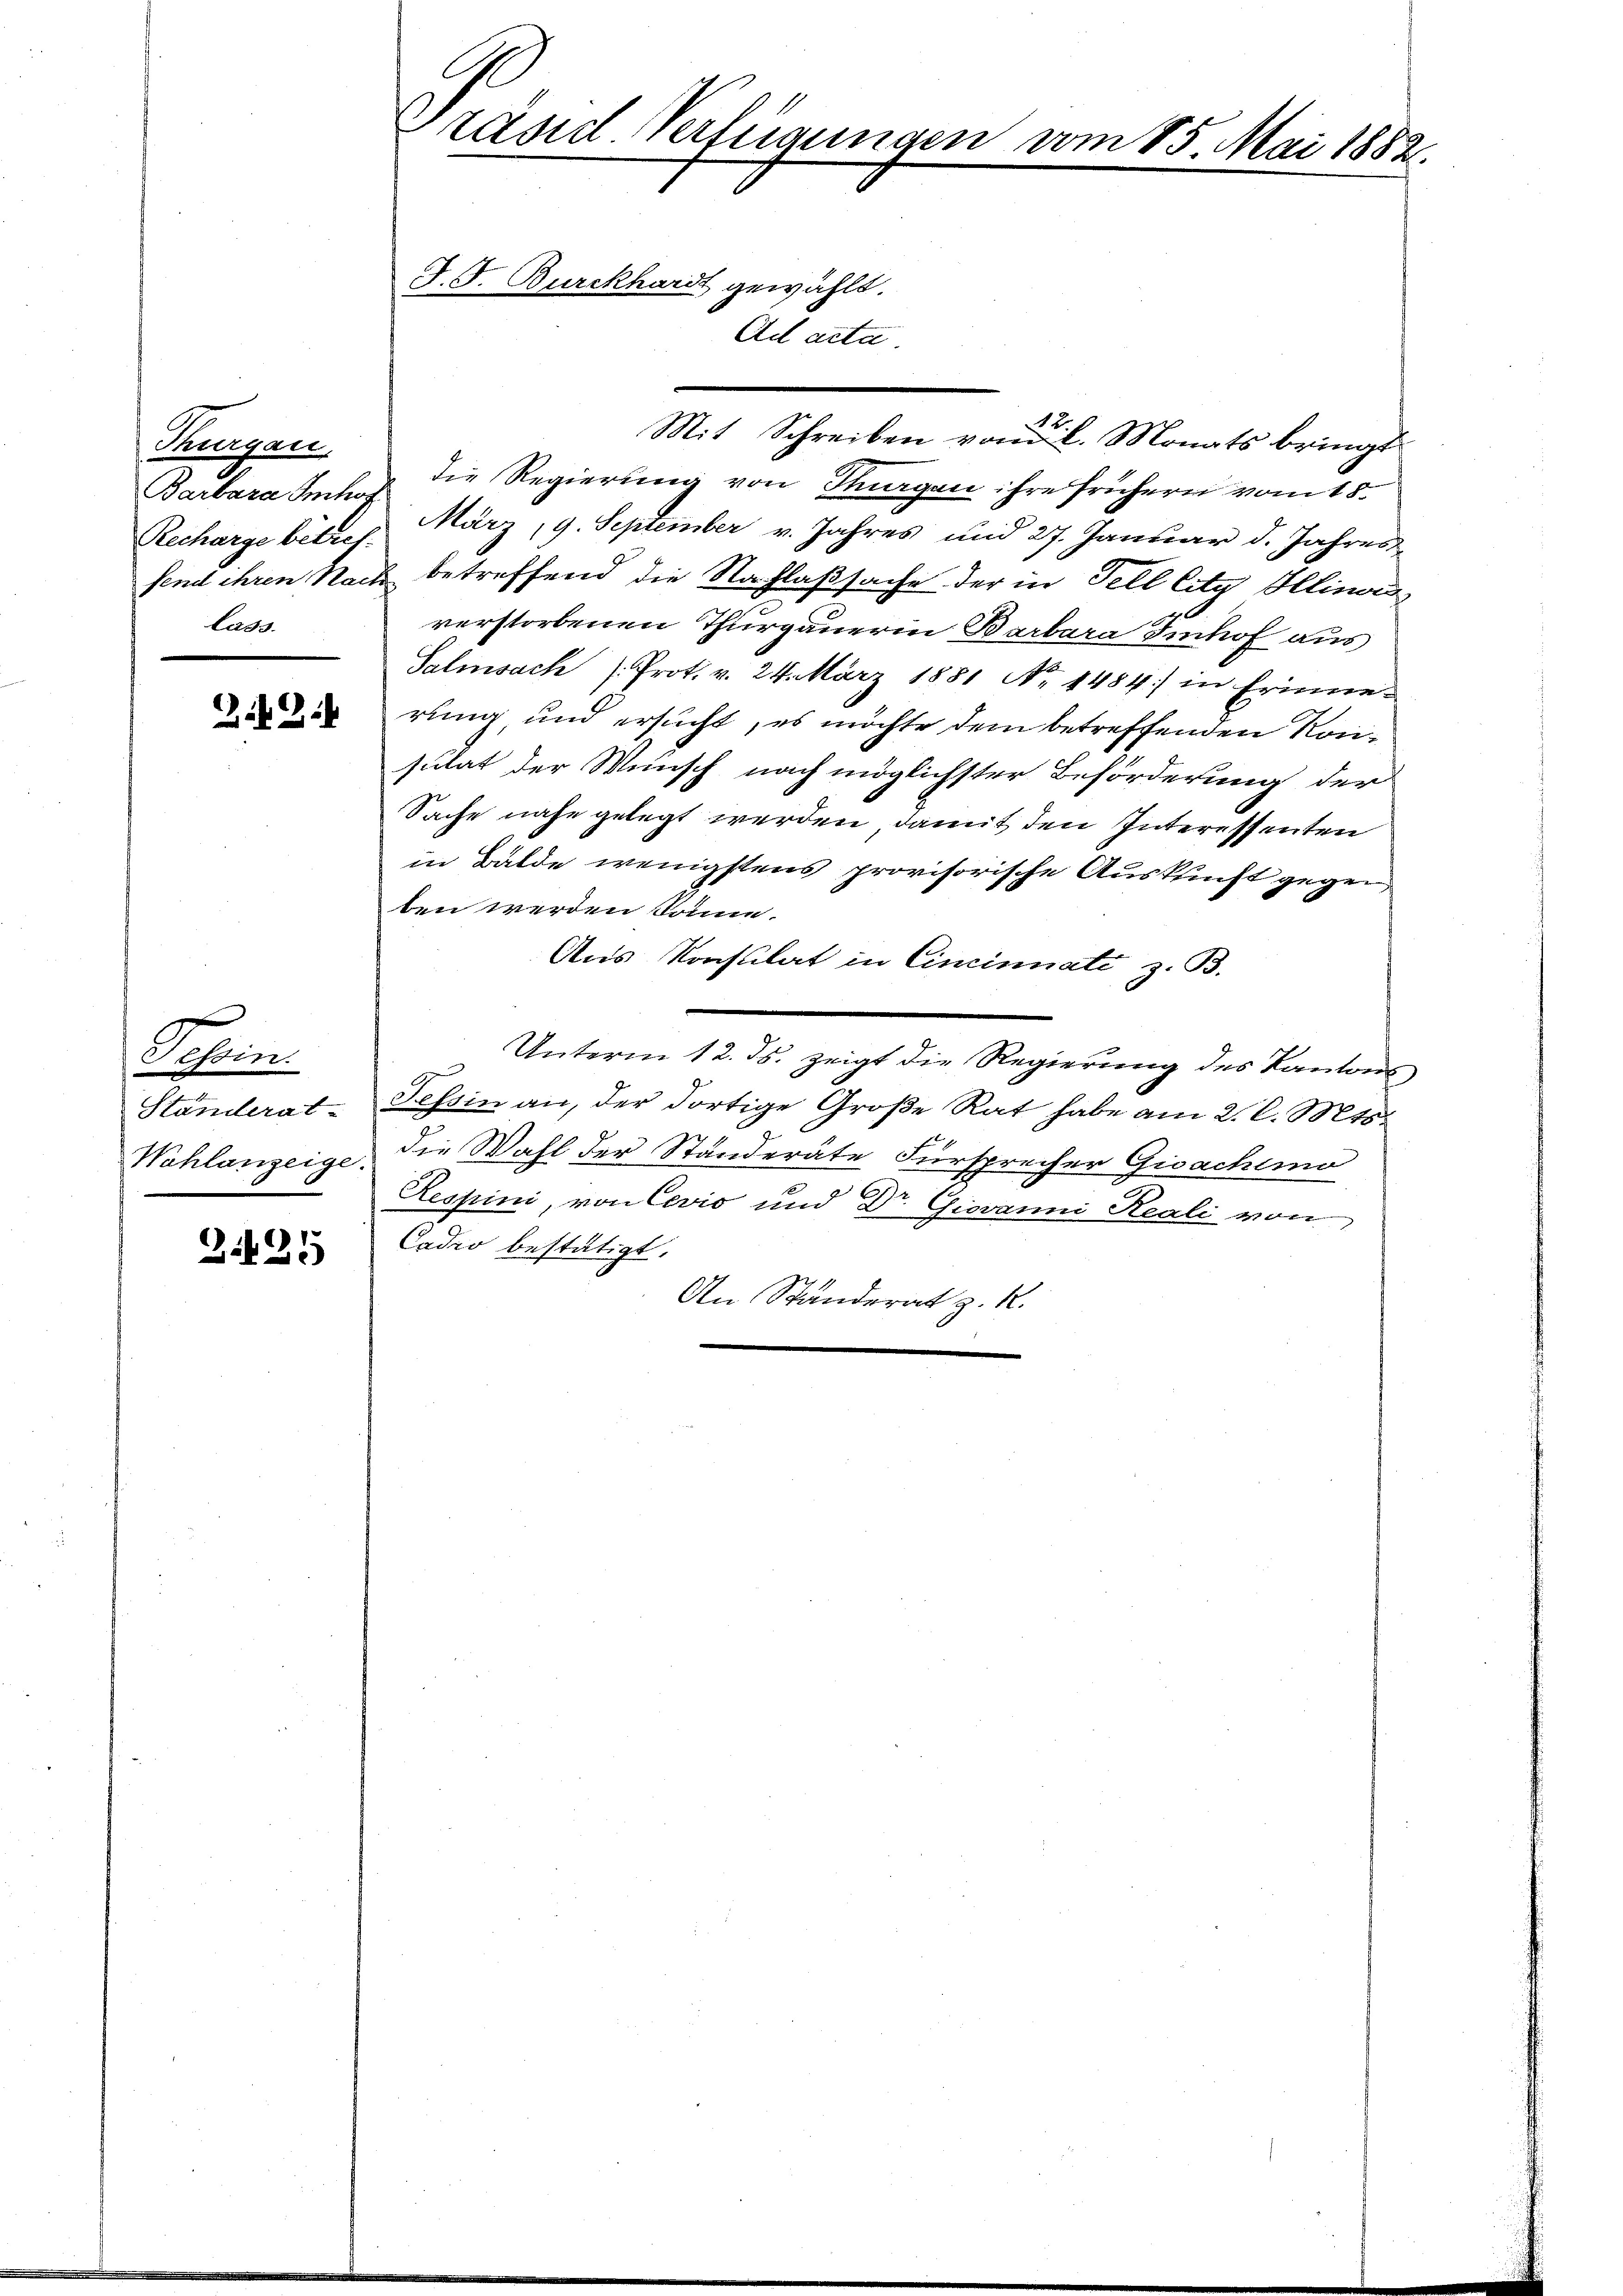
Thurgau.
Barbara Imhof
Recharge betref
lass.

Daseine
Ständerat-

Z.425

Präsid. Verfügungen vom 15. Mai 1882.
.G. Burckhardt gewählt.
Ad acta.

Mit Schreiben vom 2. Monats bringt
die Regierung von Thurgau ihre frühern vom 18.
März, 9. September v. Jahres und 27. Januar d. Jahres
fend ihren Nach betreffend die Nachlaßsache der in Fell lity Hlinar
verstorbenen Thurgauerin Barbara Imhof aus
Salmsach /: Prot. v. 24. März 1881 Nr. 1484) in Erinne-
rung, und ersucht, es möchte dem betreffenden Konsulat der Wunsch nach möglichster Beförderung der
Sache nahe gelegt werden, damit den Interessenten
in Bälde wenigstens provisorische Auskunft gegenben werden Somm.
Aus Konsulat in Cincinati z. B.
Unterm 12. ds. zeigt die Regierung des Kantons
Tessin an, der dortige Große Rat habe am 2. l. Mts.
Wahlanzeige die Wahl der Ständeräte Fürsprecher Gioachimo
Ressini, von Cević und Dr. Giovanni Reali von
Cader bestätigt.
An Ständerat z. R.